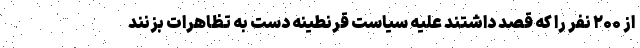
از ۲۰۰ نفر را که قصد داشتند علیه سیاست قرنطینه دست به تظاهرات بزنند